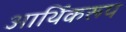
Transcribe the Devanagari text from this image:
आर्थिकरूप